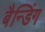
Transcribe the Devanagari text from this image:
बैन्डिंग